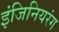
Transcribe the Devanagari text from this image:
इंजिनियरंग